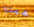
لدينا